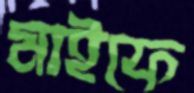
মাইফে